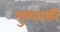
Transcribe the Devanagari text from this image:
मुश्ताकी